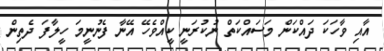
އާއި ވާހަކަ ދައްކަން މަސައްކަތް ނުކުރަނީ ކީއްވެހޭ އޭނާ ފެނުނީމަ ހީލާފަ ދެތިން